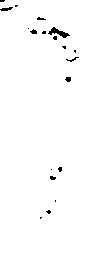
了